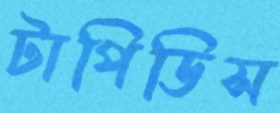
টাপিডিস